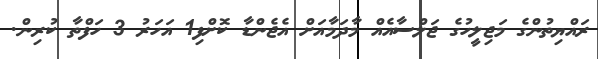
ރައްޔިތުންގެ މަޖިލީހުގެ ޖަލްސާއެއް މާދަމާއަށް އެޖެންޑާ ކޮށްފި1 އަހަރު 3 ހަފްތާ ކުރިން.